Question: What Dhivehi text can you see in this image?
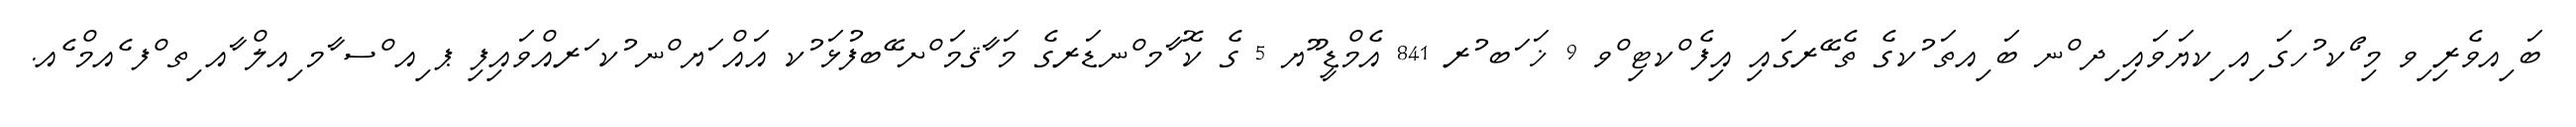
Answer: ބަ ިއވެރި ިވ މި ޯކ ުހގަ ިއ ިކޔަވައި ިދ ްނ ބަ ިއތަ ުކގެ ތެ ޭރގައި އިފެ ްކޓި ްވ 9 ޚަ ަބ ުރ 841 އެމްޑީ ޫޔ 5 ގެ ކޮ ާމ ްނޑަރގެ މަ ާޤމަ ްށ ޭބފުޅަ ުކ އައް ަޔ ްނ ުކ ަރއްވައިފި ޕ ިއ ްސ ާމ ިއލް ާއ ިތ ްފ ެއމް ެއ.